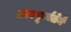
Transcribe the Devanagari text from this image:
उत्स्फूर्ततेने